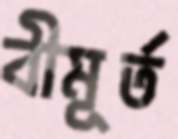
বীমূর্ত